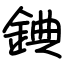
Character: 錪